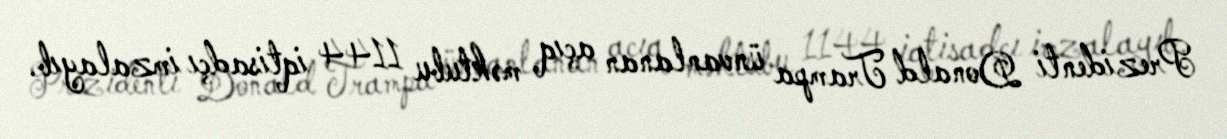
Prezidenti Donald Trampa ünvanlanan açıq məktubu 1144 iqtisadçı imzalayıb.